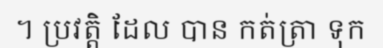
។ ប្រវត្តិ ដែល បាន កត់ត្រា ទុក